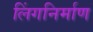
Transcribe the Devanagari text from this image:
लिंगनिर्माण